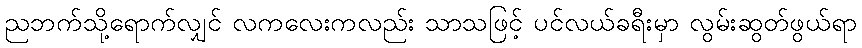
ညဘက်သို့ရောက်လျှင် လကလေးကလည်း သာသဖြင့် ပင်လယ်ခရီးမှာ လွမ်းဆွတ်ဖွယ်ရာ